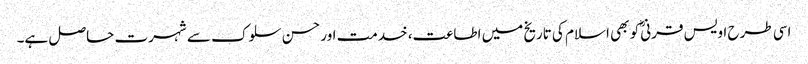
اسی طرح اویس قرنیؓ کو بھی اسلام کی تاریخ میں اطاعت، خدمت اور حسن سلوک سے شہرت حاصل ہے۔